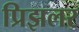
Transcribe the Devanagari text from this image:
प्रिझलर